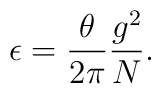
\epsilon=\frac{\theta}{2\pi}\frac{g^{2}}{N}.